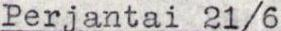
Perjantai 21/6